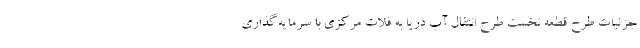
جزئیات طرح قطعه نخست طرح انتقال آب دریا به فلات مرکزی با سرمایه‌گذاری